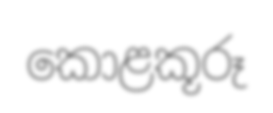
කොළකූරූ